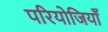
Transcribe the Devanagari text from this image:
परियोजियाँ